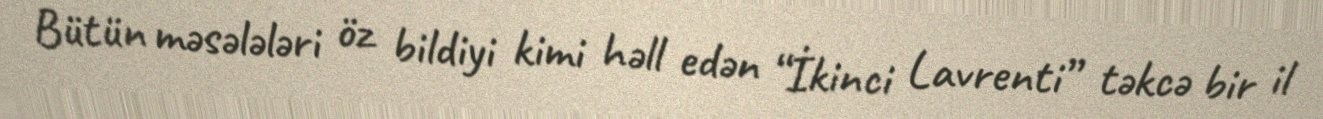
Bütün məsələləri öz bildiyi kimi həll edən “İkinci Lavrenti” təkcə bir il